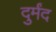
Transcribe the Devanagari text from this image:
दुर्मंद